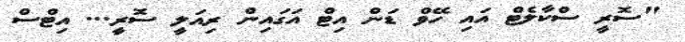
"ސޮރީ ސްކާލެޓް އައި ހޭވް ޑަން އިޓް އަގައިން ރިއަލީ ސޮރީ... އިޓްސް